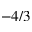
- 4 / 3